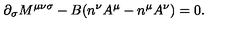
{ \partial } _ { \sigma } M ^ { { \mu } { \nu } { \sigma } } - B ( n ^ { \nu } A ^ { \mu } - n ^ { \mu } A ^ { \nu } ) = 0 .